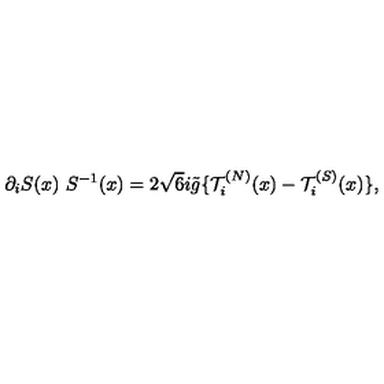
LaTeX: \partial _ { i } S ( x ) \ S ^ { - 1 } ( x ) = 2 \sqrt { 6 } i \tilde { g } \{ { \cal T } _ { i } ^ { ( N ) } ( x ) - { \cal T } _ { i } ^ { ( S ) } ( x ) \} ,